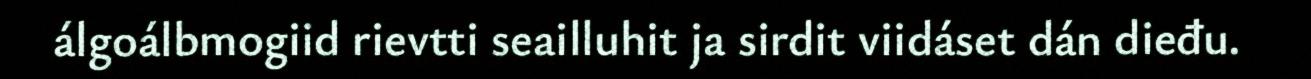
álgoálbmogiid rievtti seailluhit ja sirdit viidáset dán dieđu.